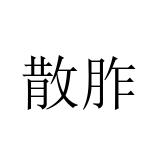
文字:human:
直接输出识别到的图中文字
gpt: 散胙